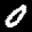
Label: 0